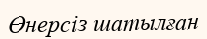
Өнерсіз шатылған